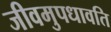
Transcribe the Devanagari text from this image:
जीवमुपधावति